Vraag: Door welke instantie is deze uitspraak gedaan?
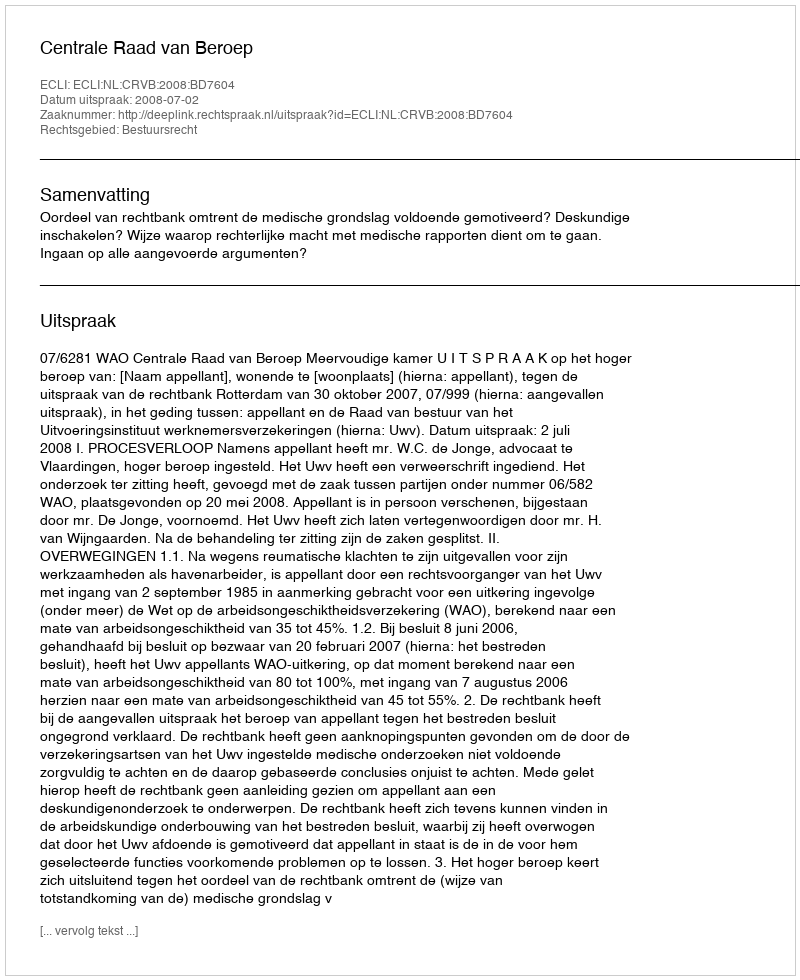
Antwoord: Centrale Raad van Beroep